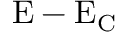
\mathrm { E - E _ { C } }